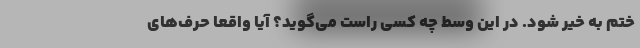
ختم به خیر شود. در این وسط چه کسی راست می‌گوید؟ آیا واقعا حرف‌های